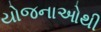
યોજનાઓથી